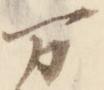
万